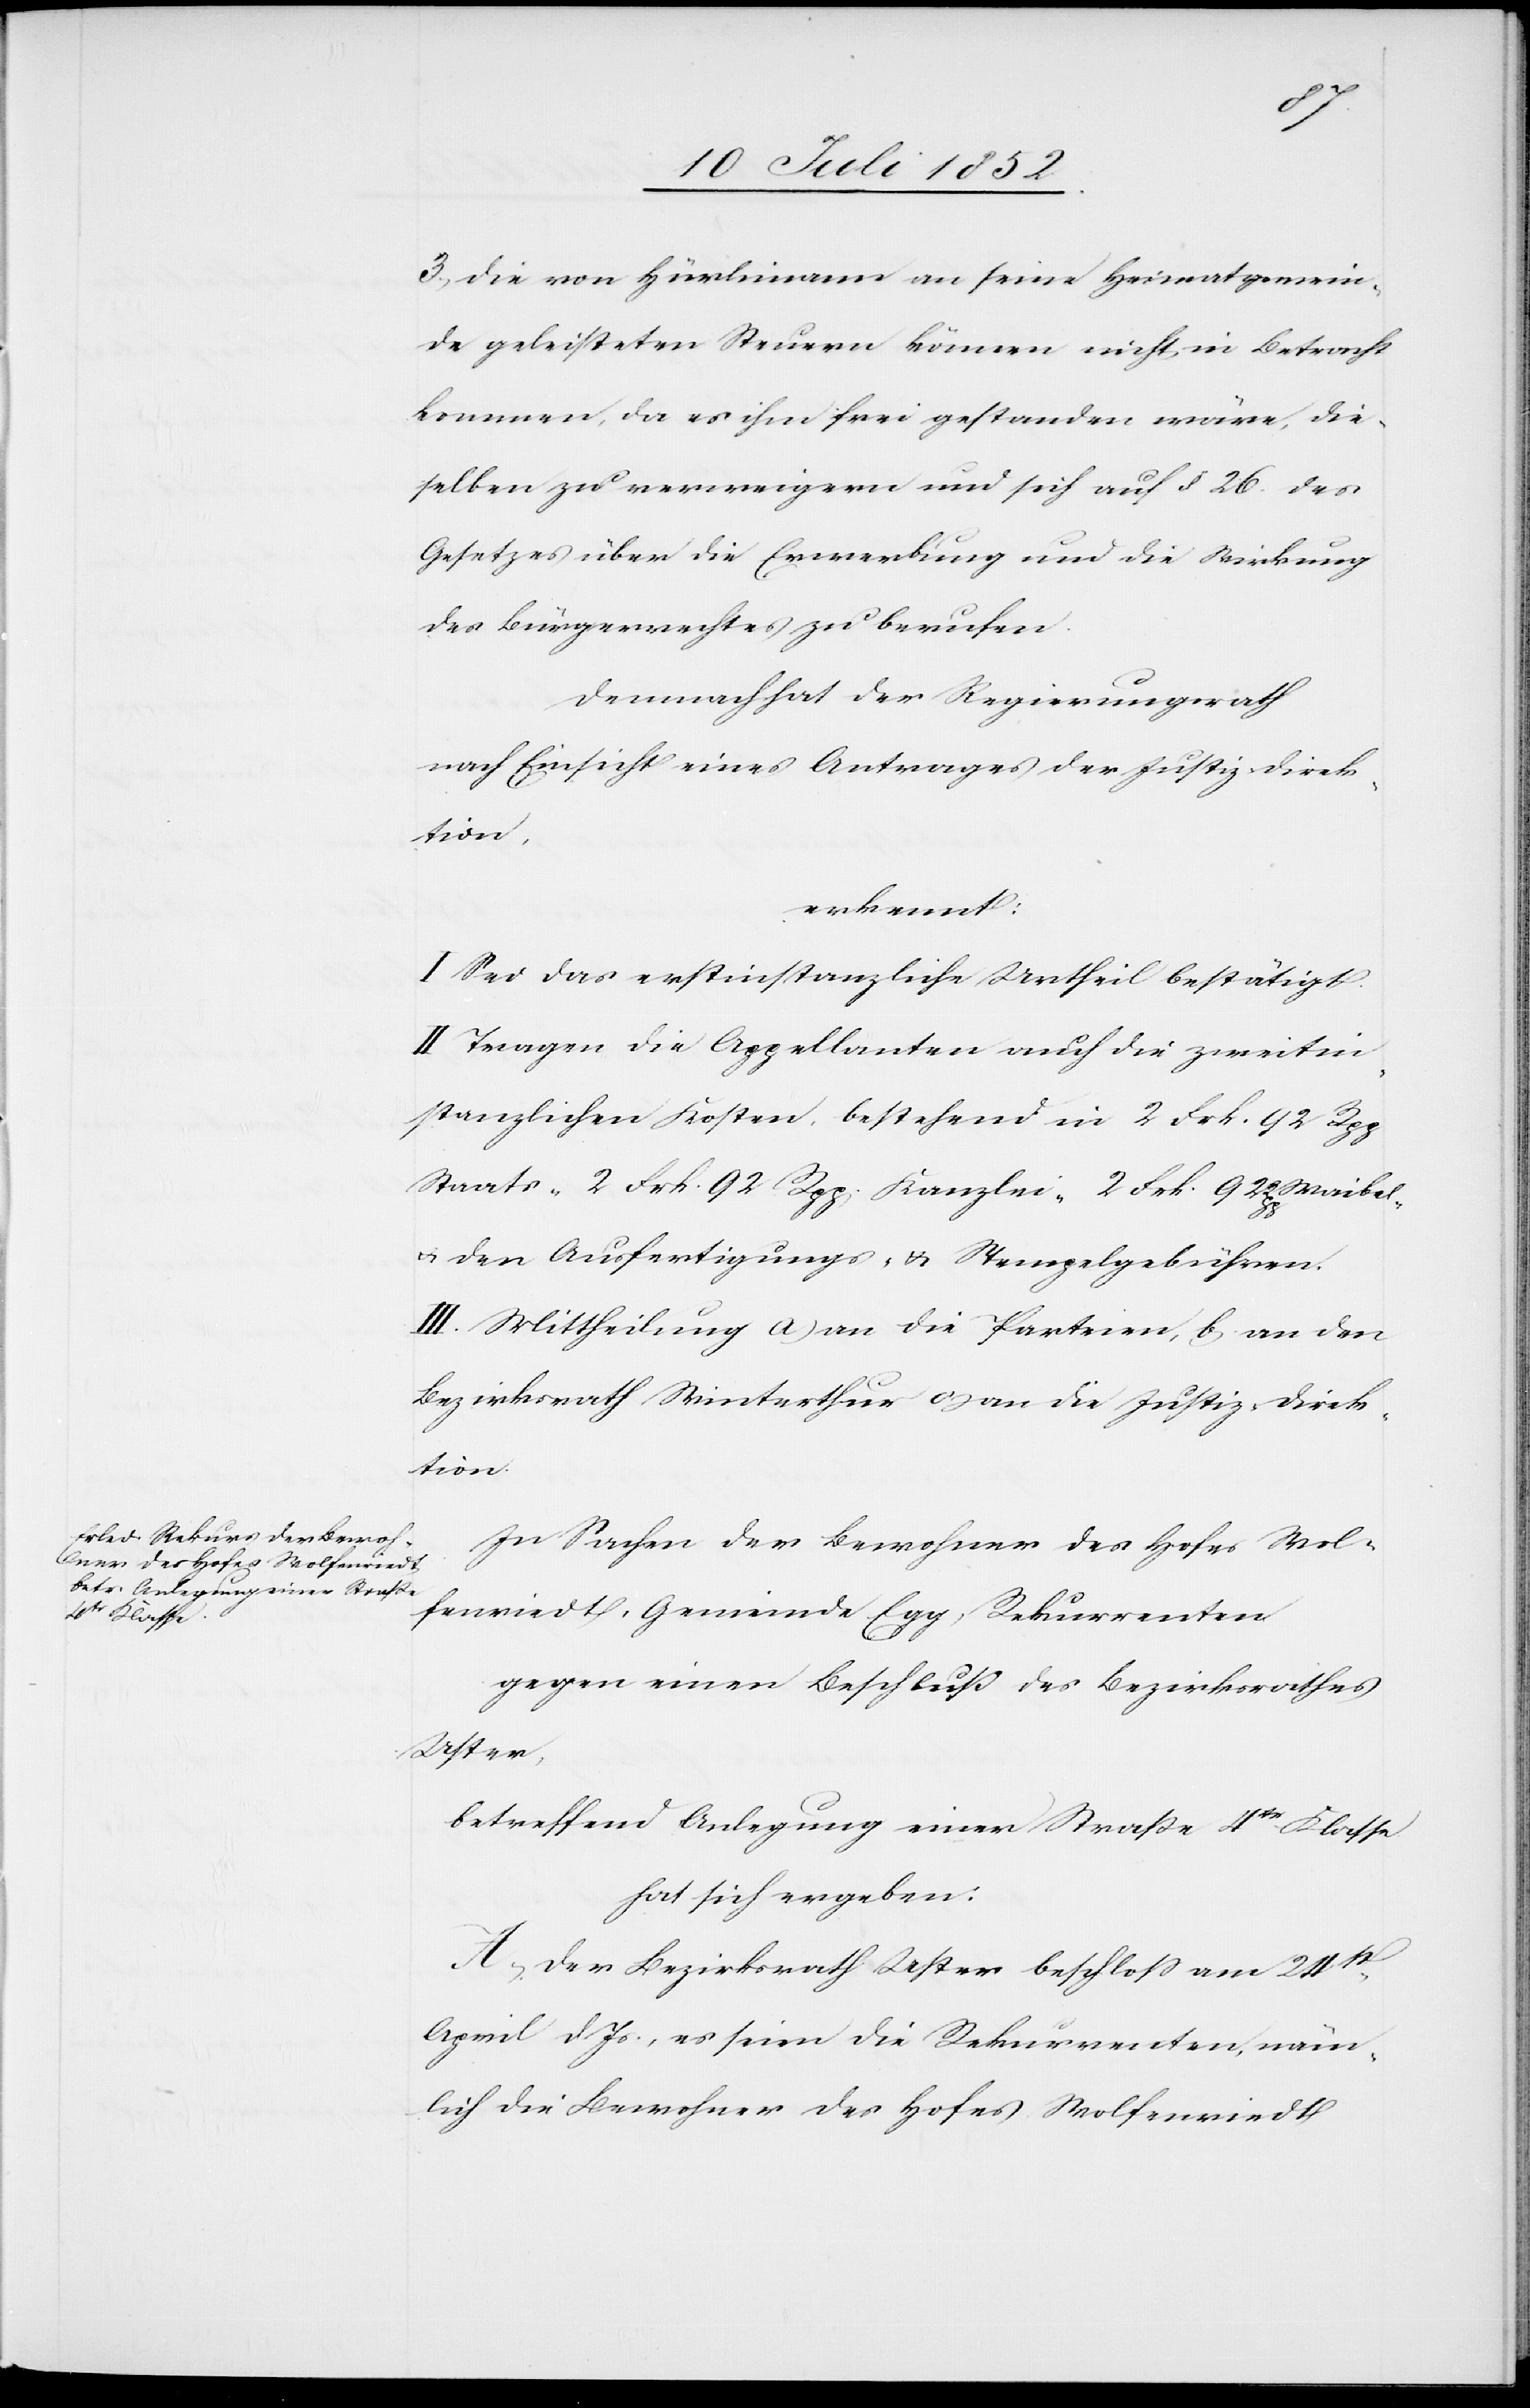
3, Die von Hürlimann an seine Heimatgemein¬
de geleisteten Steuern können nicht in Betracht
kommen, da es ihm frei gestanden wäre, die¬
selben zu verweigern und sich auf § 26. des
Gesetzes über die Erwerbung und die Wirkung
des Bürgerrechtes zu berufen.
Demnach hat der Regierungsrath
nach Einsicht eines Antrages der Justiz-Direk¬
tion,
erkennt:
I Sei das erstinstanzliche Urtheil bestätigt.
II Tragen die Appellanten auch die zweitin¬
stanzlichen Kosten, bestehend in 2 Frk. 92 Rpp
Staats-[,] 2 Frk. 92 Rpp. Kanzlei-[,] 2 Frk. 92 Rpp Waibel-
& den Ausfertigungs- & Stempelgebühren.
III. Mittheilung a) an die Parteien, b) an den
Bezirksrath Winterthur c) an die Justiz-Direk¬
tion.
In Sachen der Bewohner des Hofes Wol¬
fenriedt, Gemeinde Egg, Rekurrenten
gegen einen Beschluß des Bezirksrathes
Uster,
betreffend Anlegung einer Straße 4tr Klasse
hat sich ergeben:
A, Der Bezirksrath Uster beschloss am 24st.
April d Js., es seien die Rekurrenten, näm¬
lich die Bewohner des Hofes Wolfenriedt